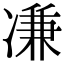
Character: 𠗳